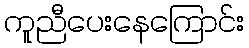
ကူညီပေးနေကြောင်း